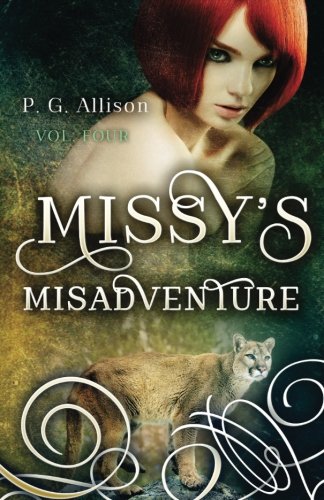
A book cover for Missy's Misadventure (Missy the Werecat) (Volume 4); P. G. Allison; Science Fiction & Fantasy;